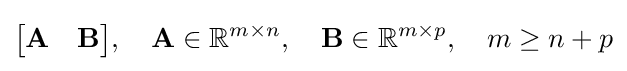
{\begin{bmatrix}\mathbf {A} &\mathbf {B} \end{bmatrix}},\quad \mathbf {A} \in \mathbb {R} ^{m\times n},\quad \mathbf {B} \in \mathbb {R} ^{m\times p},\quad m\geq n+p